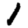
Digit: 1